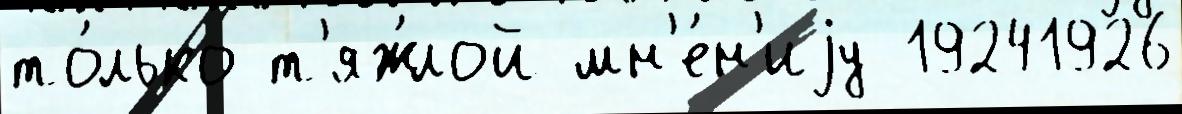
то́лько т'яж́лой мн'е́н'иjу 19241926